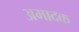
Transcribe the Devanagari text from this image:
अमादक